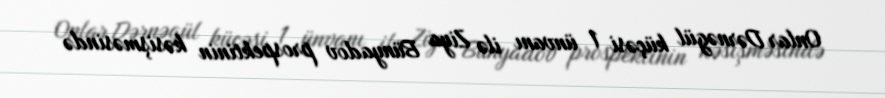
Onlar Dərnəgül küçəsi 1 ünvanı ilə Ziya Bünyadov prospektinin kəsişməsində